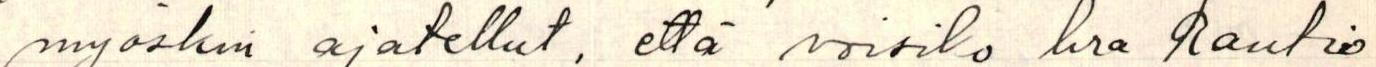
myöskin ajatellut, että voisiko hra Rautio